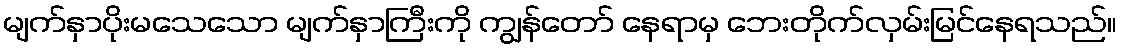
မျက်နှာပိုးမသေသော မျက်နှာကြီးကို ကျွန်တော် နေရာမှ ဘေးတိုက်လှမ်းမြင်နေရသည်။